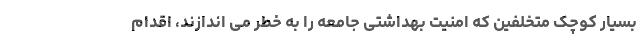
بسیار کوچک متخلفین که امنیت بهداشتی جامعه را به خطر می اندازند، اقدام